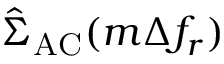
\begin{array} { r l } { ~ } & { { } \hat { \Sigma } _ { \mathrm { A C } } ( m \Delta f _ { r } ) } \end{array}